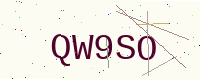
Text: QW9SO